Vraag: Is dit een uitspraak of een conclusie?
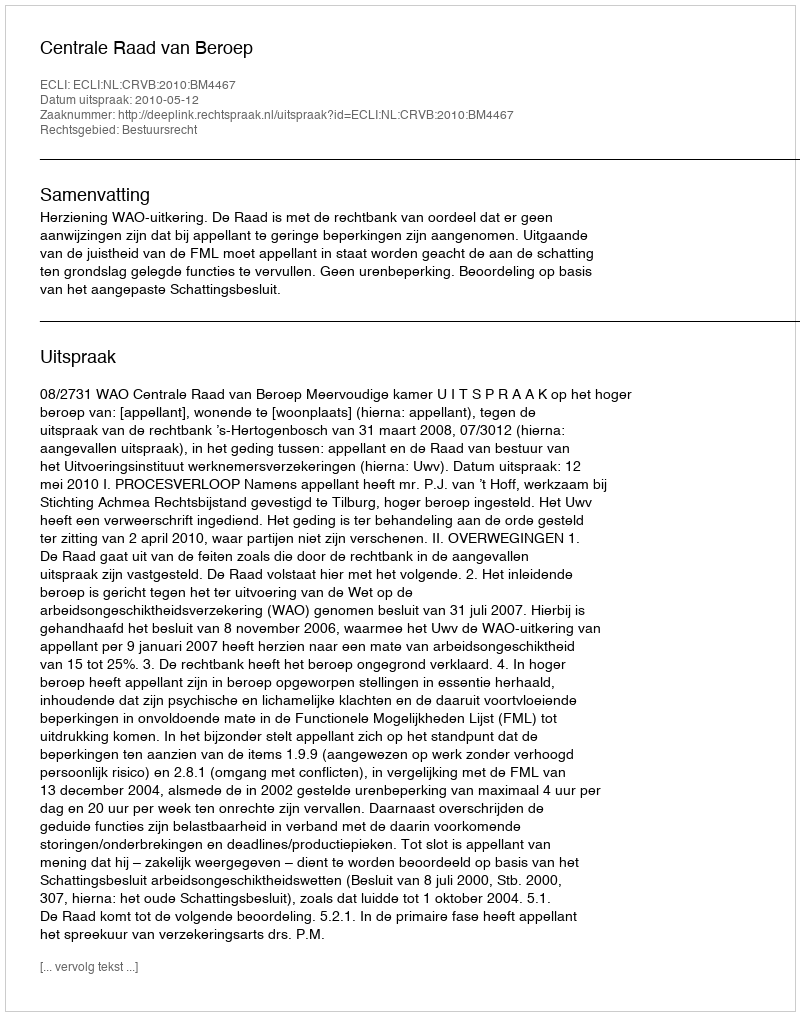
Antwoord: Uitspraak